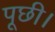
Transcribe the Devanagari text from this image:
पूछी।